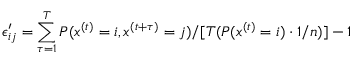
\epsilon _ { i j } ^ { \prime } = \sum _ { \tau = 1 } ^ { T } P ( x ^ { ( t ) } = i , x ^ { ( t + \tau ) } = j ) / [ T ( P ( x ^ { ( t ) } = i ) \cdot 1 / n ) ] - 1